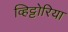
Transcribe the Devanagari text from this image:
व्हिट्टोरिया